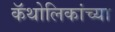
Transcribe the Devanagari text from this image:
कॅथोलिकांच्या